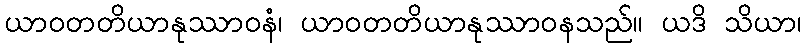
ယာဝတတိယာနုဿာဝနံ၊ ယာဝတတိယာနုဿာဝနသည်။ ယဒိ သိယာ၊